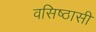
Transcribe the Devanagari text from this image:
वसिष्ठासी